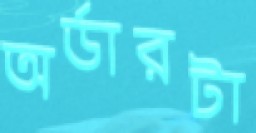
অর্ডারটা